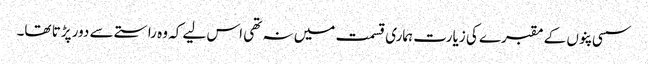
سسی پنوں کے مقبرے کی زیارت ہماری قسمت میں نہ تھی اس لیے کہ وہ راستے سے دور پڑتا تھا۔